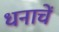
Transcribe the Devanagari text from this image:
धनाचें